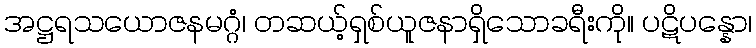
အဋ္ဌရသယောဇနမဂ္ဂံ၊ တဆယ့်ရှစ်ယူဇနာရှိသောခရီးကို။ ပဋိပန္နော၊